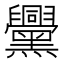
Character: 𪒵